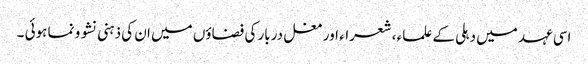
اسی عہد میں دہلی کے علماء ، شعراء اور مغل دربار کی فضاؤں میں ان کی ذہنی نشو و نما ہوئی ۔